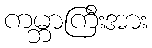
ကမ္ဘာကြီးအား